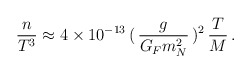
\begin{align*}\frac{n}{T^{3}} \approx 4\times 10^{-13}\,(\,\frac{g}{G_{F}m_{N}^{2}}\,)^{2}\,\frac{T}{M} \,.\end{align*}